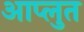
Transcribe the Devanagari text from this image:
आप्लुत